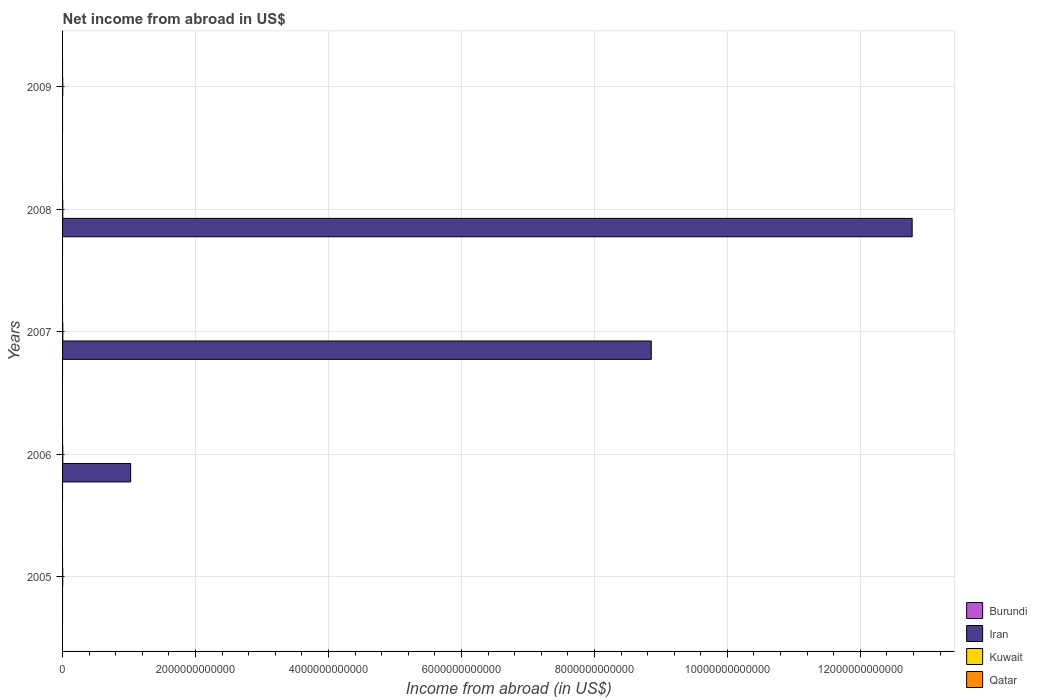
| Years | Burundi | Iran | Kuwait | Qatar |
 | --- | --- | --- | --- | --- |
 | 2005 | -1.91e+10 | -3.67e+12 | 2.1e+09 | -2.08e+10 |
 | 2006 | -9.05e+09 | 1.02e+12 | 3.18e+09 | -1.19e+10 |
 | 2007 | -6.38e+09 | 8.86e+12 | 3.52e+09 | -1.54e+10 |
 | 2008 | -5.1e+09 | 1.28e+13 | 2.89e+09 | -2.46e+10 |
 | 2009 | -2.09e+10 | -1.21e+12 | 2.7e+09 | -3.43e+10 |